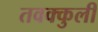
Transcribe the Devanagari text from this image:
तवक्कुली